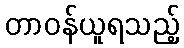
တာဝန်ယူရသည့်